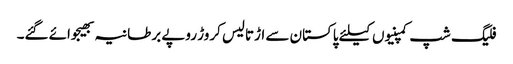
فلیگ شپ کمپنیوں کیلئے پاکستان سے اڑتالیس کروڑ روپے برطانیہ بھیجوائے گئے۔